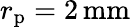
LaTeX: r_{\mathrm{p}}=2\, \mathrm{mm}